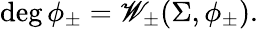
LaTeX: \deg\phi_{\pm}=\mathscr{W}_{\pm}(\Sigma,\phi_{\pm}).